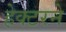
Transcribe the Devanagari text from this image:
हेक्टरने